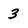
Character: 3